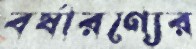
বর্ষারণ্যের